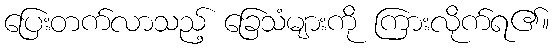
ပြေးတက်လာသည့် ခြေသံများကို ကြားလိုက်ရ၏။